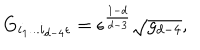
G _ { i _ { 1 } . . . i _ { d - 4 } \epsilon } = \epsilon ^ { \frac { 1 - d } { d - 3 } } \sqrt { g _ { d - 4 } } ,